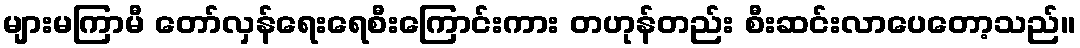
များမကြာမီ တော်လှန်ရေးရေစီးကြောင်းကား တဟုန်တည်း စီးဆင်းလာပေတော့သည်။